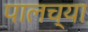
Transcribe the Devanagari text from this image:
पालच्या